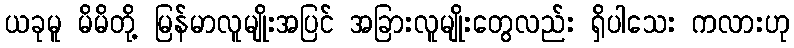
ယခုမူ မိမိတို့ မြန်မာလူမျိုးအပြင် အခြားလူမျိုးတွေလည်း ရှိပါသေး ကလားဟု